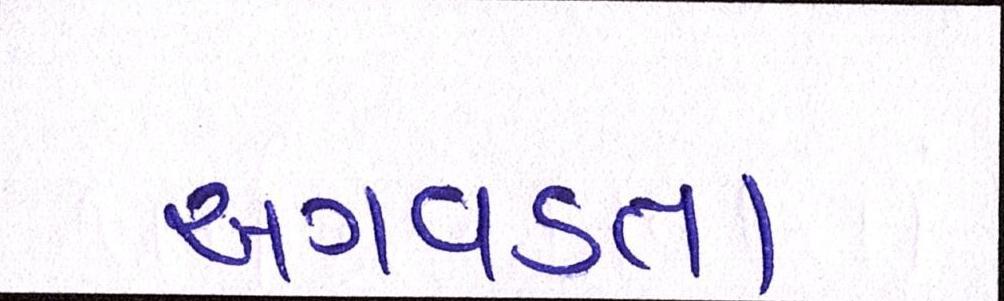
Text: અગવડતા